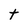
Character: t